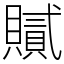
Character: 𧸐